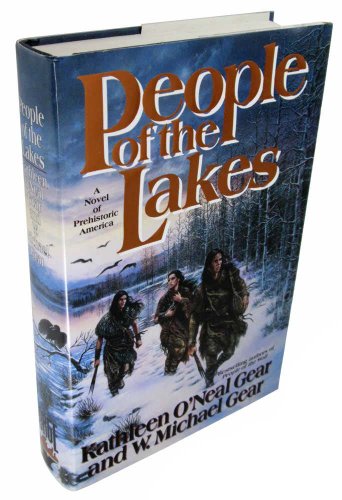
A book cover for People of the Lakes (First North Americans); Kathleen O'Neal Gear; Romance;